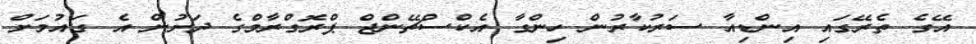
އޭގެ ތެރޭގައި އިންޑިއާ ސަރުކާރުން ހިންގާ އެކްސްޗޭންޖް ޕްރޮގްރާމްގެ ދަށުން އެ ގައުމަށް